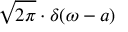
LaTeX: { \sqrt { 2 \pi } } \cdot \delta ( \omega - a )